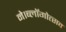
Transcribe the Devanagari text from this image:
ने।ब्लॉगोत्सव